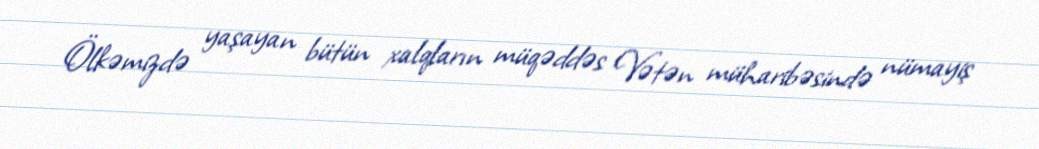
Ölkəmizdə yaşayan bütün xalqların müqəddəs Vətən müharibəsində nümayiş